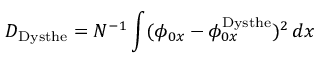
D _ { \mathrm { { D y s t h e } } } = N ^ { - 1 } \int ( \phi _ { 0 x } - \phi _ { 0 x } ^ { \mathrm { { D y s t h e } } } ) ^ { 2 } \, d x